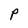
Character: p